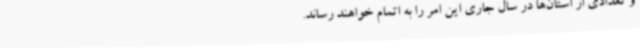
و تعدادی از استان‌ها در سال جاری این امر را به اتمام خواهند رساند.